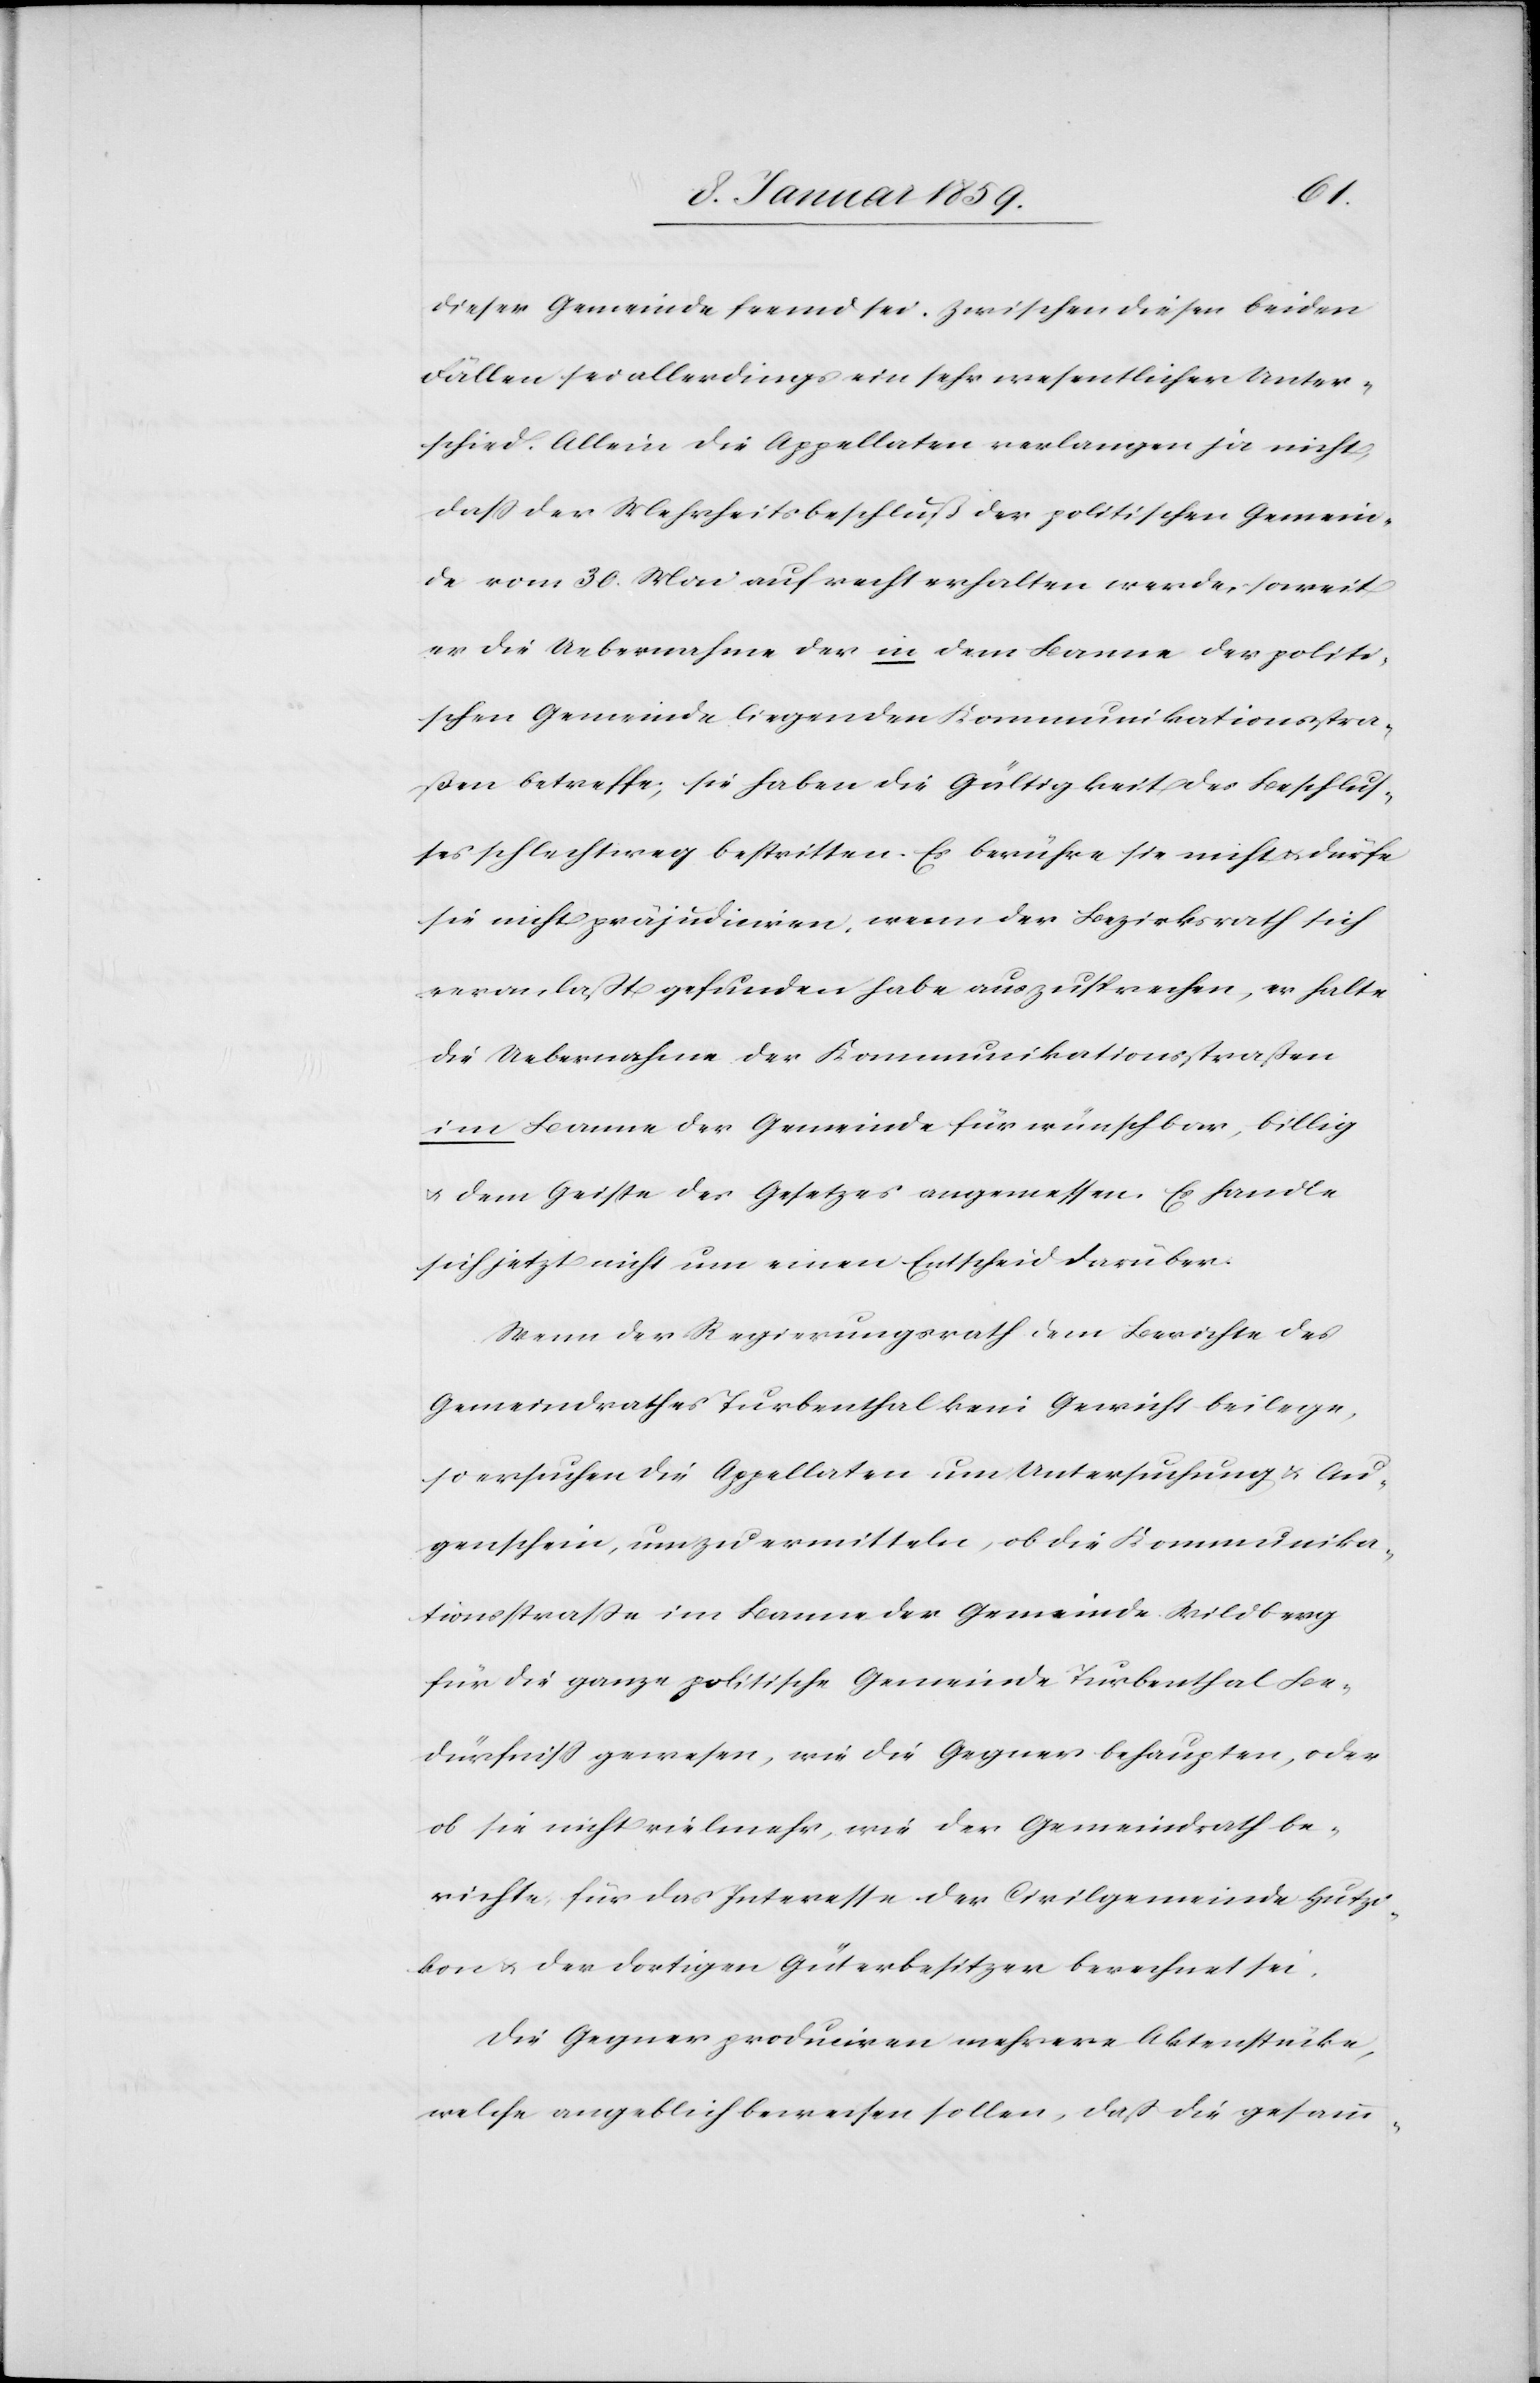
dieser Gemeinde fremd sei. Zwischen diesen beiden
Fällen sei allerdings ein sehr wesentlicher Unter¬
schied. Allein die Appellaten verlangen ja nicht,
daß der Mehrheitsbeschluß der politischen Gemein¬
de vom 30. Mai aufrecht erhalten werde, soweit
er die Uebernahme der in dem Banne der politi¬
schen Gemeinde liegenden Kommunikationsstra¬
ßen betreffe; sie haben die Gültigkeit des Beschlus¬
ses schlechtweg bestritten. Es berühre sie nicht u. dürfe
sie nicht präjudiciren, wenn der Bezirksrath sich
veranlaßt gefunden habe auszusprechen, er halte
die Uebernahme der Kommunikationsstraßen
im Banne der Gemeinde für wünschbar, billig
u. dem Geiste des Gesetzes angemessen. Es handle
sich jetzt nicht um einen Entscheid darüber.
Wenn der Regierungsrath dem Berichte des
Gemeinderathes Turbenthal kein Gewicht beilege,
so ersuchen die Appellaten um Untersuchung u. Au¬
genschein, um zu ermitteln, ob die Kommunika¬
tionsstraße im Banne der Gemeinde Wildberg
für die ganze politische Gemeinde Turbenthal Be¬
dürfniß gewesen, wie die Gegner behaupten, oder
ob sie nicht vielmehr, wie der Gemeinderath be¬
richte, für das Interesse der Civilgemeinde Hutzi¬
kon u. der dortigen Güterbesitzer berechnet sei.
Die Gegner produciren mehrere Aktenstücke,
welche angeblich beweisen sollen, daß die gesamm-